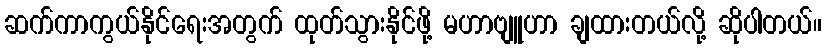
ဆက်ကာကွယ်နိုင်ရေးအတွက် ထုတ်သွားနိုင်ဖို့ မဟာဗျူဟာ ချထားတယ်လို့ ဆိုပါတယ်။